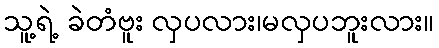
သူ့ရဲ့ ခဲတံဗူး လှပလား၊မလှပဘူးလား။